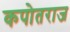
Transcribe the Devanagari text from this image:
कपोतराज